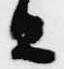
旦